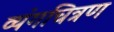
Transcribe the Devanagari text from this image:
व्यंगचित्रण